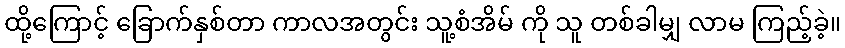
ထို့ကြောင့် ခြောက်နှစ်တာ ကာလအတွင်း သူ့စံအိမ် ကို သူ တစ်ခါမျှ လာမ ကြည့်ခဲ့။